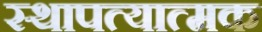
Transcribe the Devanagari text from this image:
स्थापत्यात्मक